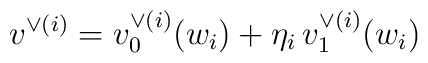
v^{\vee{(i)}}=v^{\vee(i)}_0(w_i)+\eta_i\,v^{\vee(i)}_1(w_i)